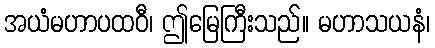
အယံမဟာပထဝီ၊ ဤမြေကြီးသည်။ မဟာသယနံ၊